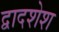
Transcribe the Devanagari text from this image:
द्वादशेश